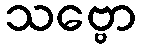
သဗ္ဗော